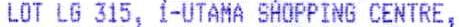
LOT LG 315, 1-UTAMA SHOPPING CENTRE,